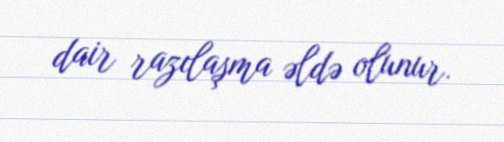
dair razılaşma əldə olunur.